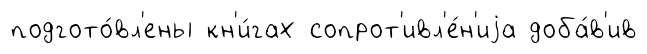
подгото́вл'ены кн'и́гах сопрот'ивл'е́н'иjа доба́в'ив